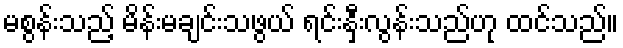
မစွန်းသည့် မိန်းမချင်းသဖွယ် ရင်းနှီးလွန်းသည်ဟု ထင်သည်။